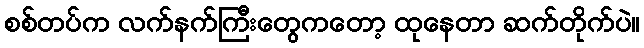
စစ်တပ်က လက်နက်ကြီးတွေကတော့ ထုနေတာ ဆက်တိုက်ပဲ။